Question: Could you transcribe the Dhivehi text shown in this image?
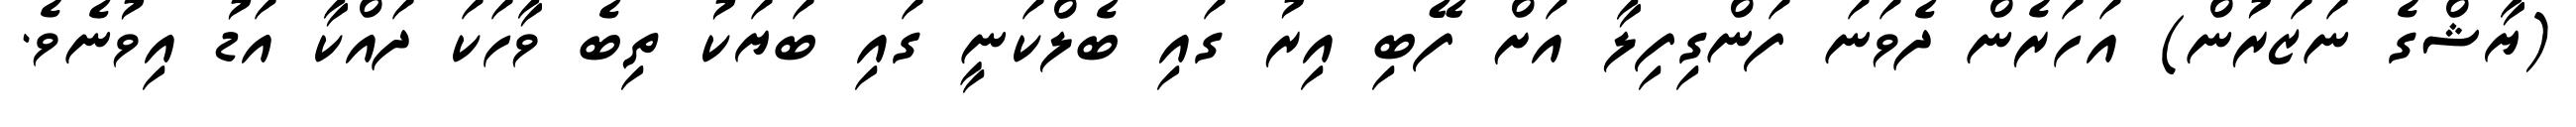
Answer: (ޔާޝްގެ ނަޒަރުން) އަހަރެން ދެވަނަ ފަންގިފިލާ އަށް ފޭބި އިރު ގައި ބެލްކަނީ ގައި ބަޔަކު ތިބެ ވާހަކަ ދައްކާ އަޑު އިވުނެވެ.